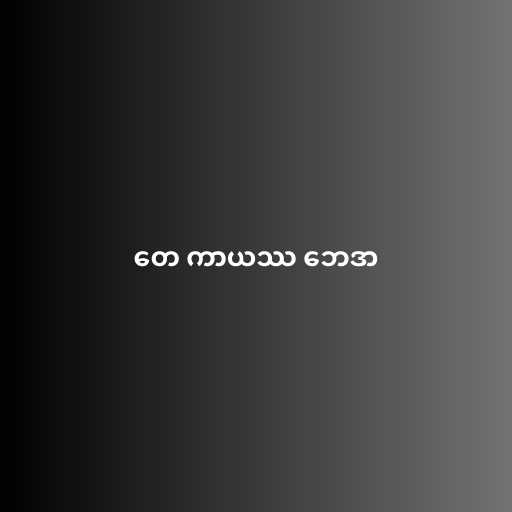
တေ ကာယဿ ဘေဒာ